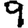
Digit: 9